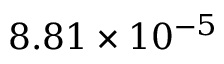
8 . 8 1 \times 1 0 ^ { - 5 }